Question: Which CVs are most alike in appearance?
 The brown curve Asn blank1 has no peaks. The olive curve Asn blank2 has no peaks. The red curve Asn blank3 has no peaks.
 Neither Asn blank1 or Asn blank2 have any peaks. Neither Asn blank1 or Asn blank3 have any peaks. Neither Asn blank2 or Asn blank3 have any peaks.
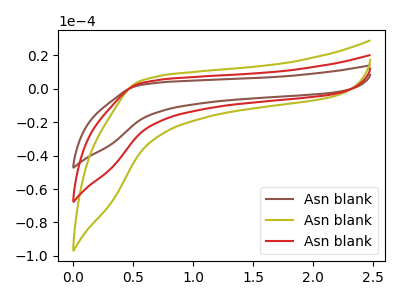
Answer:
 <answer>"Asn blank1", "Asn blank2" and "Asn blank3" have the same shape and are likely CV's of the same chemical.</answer>
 <eval>"Asn blank1" "Asn blank2" "Asn blank3"</eval>